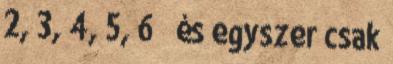
2, 3, 4, 5, 6 ” és egyszer csak